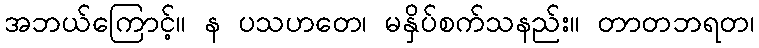
အဘယ်ကြောင့်။ န ပသဟတေ၊ မနှိပ်စက်သနည်း။ တာတဘရတ၊